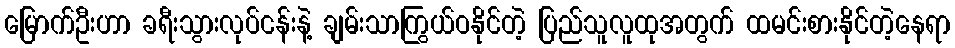
မြောက်ဦးဟာ ခရီးသွားလုပ်ငန်းနဲ့ ချမ်းသာကြွယ်ဝနိုင်တဲ့ ပြည်သူလူထုအတွက် ထမင်းစားနိုင်တဲ့နေရာ